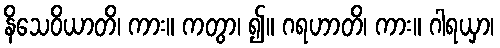
နိသေဝိယာတိ၊ ကား။ ကတွာ၊ ၍။ ဂရဟာတိ၊ ကား။ ဂါရယှာ၊